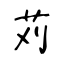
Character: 苅